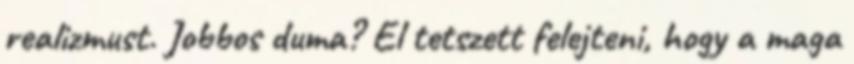
realizmust. Jobbos duma? El tetszett felejteni, hogy a maga